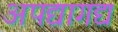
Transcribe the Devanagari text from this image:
अपद्यागद्य